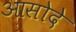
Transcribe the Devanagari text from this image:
आसोदे